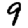
Digit: 9